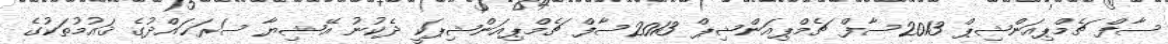
ސާފް ޗެމްޕިއަންޝިޕް 2013ސާފް ޗެމްޕިއަންޝިޕް 2013ސާފް ޗެމްޕިއަންޝިޕަކީ ދެކުނު އޭޝިޔާ ސަރަޙައްދުގެ ޤައުމުތަކުގެ